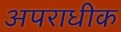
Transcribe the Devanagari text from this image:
अपराधीक